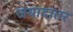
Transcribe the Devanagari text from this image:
जयादातर